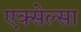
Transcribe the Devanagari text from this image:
एक्सेल्सा